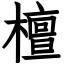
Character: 檀